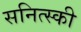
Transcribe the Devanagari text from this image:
सनित्स्की